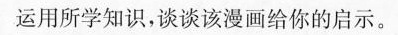
运用所学知识，谈谈该漫画给你的启示。